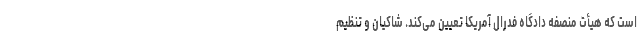
است که هیأت منصفه دادگاه فدرال آمریکا تعیین می‌کند. شاکیان و تنظیم